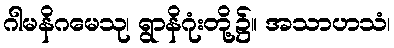
ဂါမနိဂမေသု၊ ရွာနိဂုံးတို့၌။ အသာဟသံ၊